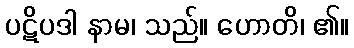
ပဋိပဒါ နာမ၊ သည်။ ဟောတိ၊ ၏။